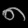
Digit: ၈